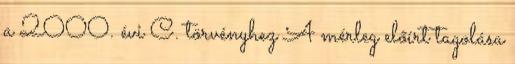
a 2000. évi C. törvényhez A mérleg előírt tagolása